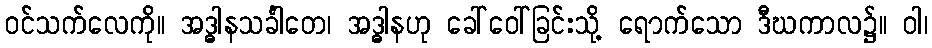
ဝင်သက်လေကို။ အဒ္ဓါနသင်္ခါတေ၊ အဒ္ဓါနဟု ခေါ်ဝေါ်ခြင်းသို့ ရောက်သော ဒီဃကာလ၌။ ဝါ၊